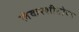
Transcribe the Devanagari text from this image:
लेकरशीतोष्ण